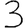
Digit: 3